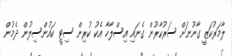
ލާމަރުކަޒީ ގާނޫނަށް ސަރުކާރުން ގެނައި އިސްލާހާ އެކު ކުރިން ސިޓީ ކައުންސިލުން ދެމުން